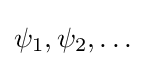
\psi _{1},\psi _{2},\dots